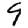
Digit: 9